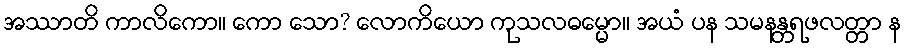
အဿာတိ ကာလိကော။ ကော သော? လောကိယော ကုသလဓမ္မော။ အယံ ပန သမနန္တရဖလတ္တာ န